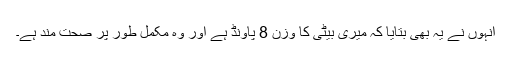
انہوں نے یہ بھی بتایا کہ میری بیٹی کا وزن 8 پاونڈ ہے اور وہ مکمل طور پر صحت مند ہے۔